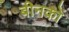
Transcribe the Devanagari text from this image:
बीनकों